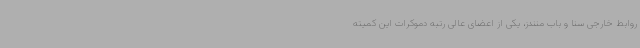
روابط خارجی سنا و باب منندز، یکی از اعضای عالی رتبه دموکرات این کمیته